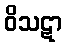
ဝိသဋာ